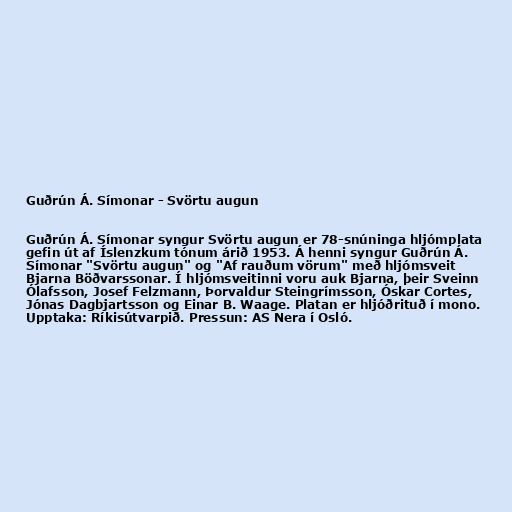
Guðrún Á. Símonar - Svörtu augun

Guðrún Á. Símonar syngur Svörtu augun er 78-snúninga hljómplata
gefin út af Íslenzkum tónum árið 1953. Á henni syngur Guðrún Á.
Símonar "Svörtu augun" og "Af rauðum vörum" með hljómsveit
Bjarna Böðvarssonar. Í hljómsveitinni voru auk Bjarna, þeir Sveinn
Ólafsson, Josef Felzmann, Þorvaldur Steingrímsson, Óskar Cortes,
Jónas Dagbjartsson og Einar B. Waage. Platan er hljóðrituð í mono.
Upptaka: Ríkisútvarpið. Pressun: AS Nera í Osló.